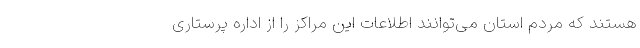
هستند که مردم استان می‌توانند اطلاعات این مراکز را از اداره پرستاری